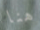
هنا